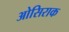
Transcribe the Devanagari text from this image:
ओसिराक